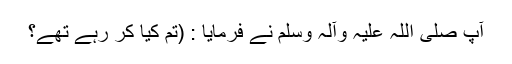
آپ صلی اللہ علیہ وآلہ وسلم نے فرمایا : (تم کیا کر رہے تھے؟